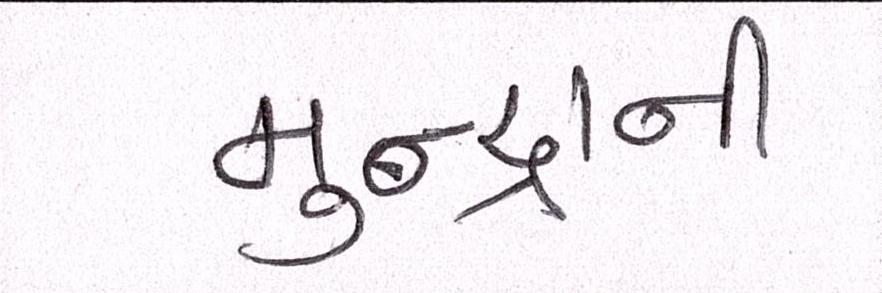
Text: મુન્દ્રાની